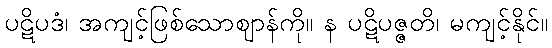
ပဋိပဒံ၊ အကျင့်ဖြစ်သောဈာန်ကို။ န ပဋိပဇ္ဇတိ၊ မကျင့်နိုင်။